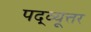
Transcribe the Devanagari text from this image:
पद्व्यूत्तर